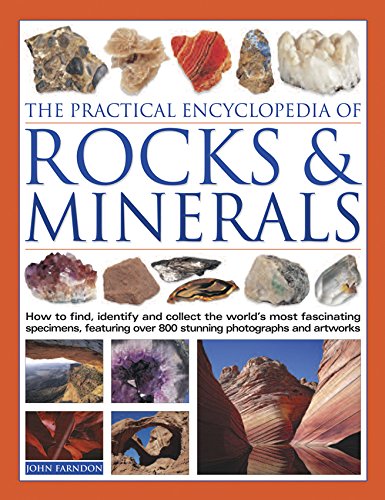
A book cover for The Practical Encyclopedia of Rocks and Minerals: How to Find, Identify, Collect and Preserve the World's Best Specimens, with Over 1000 Photographs and Artworks; John Farndon; Science & Math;